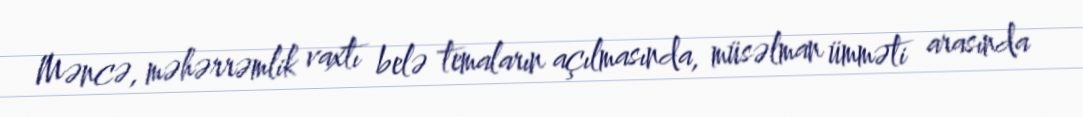
Məncə, məhərrəmlik vaxtı belə temaların açılmasında, müsəlman ümməti arasında